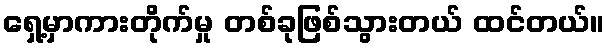
ရှေ့မှာကားတိုက်မှု တစ်ခုဖြစ်သွားတယ် ထင်တယ်။